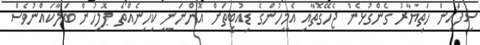
ސިފައިން ހަތިޔާރު ގެންގުޅެން ޖެހޭގޮތާއި އެމީހުންގެ ޑިއުޓީތަށް އޮންނަނީ ކިހިނެއްތޯ ޕޮލިހުން ބަލާކައްނުވެސް